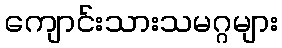
ကျောင်းသားသမဂ္ဂများ